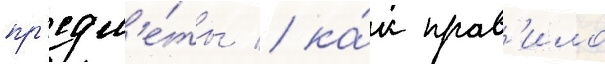
пр'едм'е́ты / ка́к прав'ило